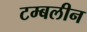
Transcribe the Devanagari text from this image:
टम्बलीन